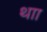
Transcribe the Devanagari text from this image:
थाा